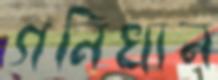
গনিখান